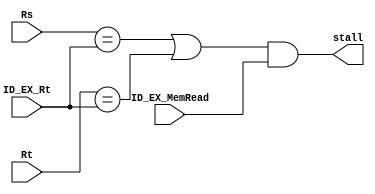
`timescale 1ns / 1ps
//////////////////////////////////////////////////////////////////////////////////
// Company: 
// Engineer: 
// 
// Design Name: 
// Module Name: Hazard_control
// Project Name: 
// Target Devices: 
// Tool Versions: 
// Description: 
// 
// Dependencies: 
// 
// Revision:
// Revision 0.01 - File Created
// Additional Comments:
// 
//////////////////////////////////////////////////////////////////////////////////


module Hazard_control(ID_EX_Rt,ID_EX_MemRead,
Rs,Rt,stall);
input [4:0] ID_EX_Rt;
input ID_EX_MemRead;
input [4:0] Rs;
input [4:0] Rt;
output stall;
assign stall = ((Rs == ID_EX_Rt)|(Rt == ID_EX_Rt))&(ID_EX_MemRead);
endmodule